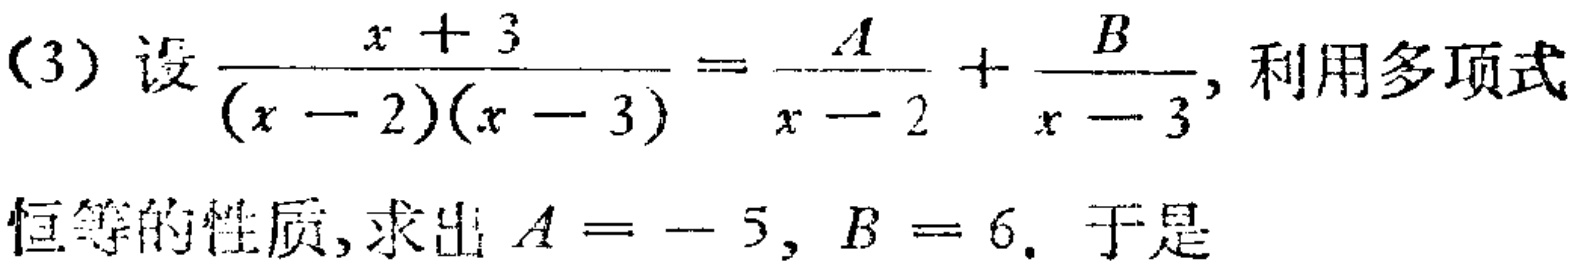
(3) 设$\frac{x + 3}{(x - 2)(x - 3)}=\frac{A}{x - 2}+\frac{B}{x - 3}$, 利用多项式

恒等的性质, 求出$A = - 5$, $B = 6$. 于是